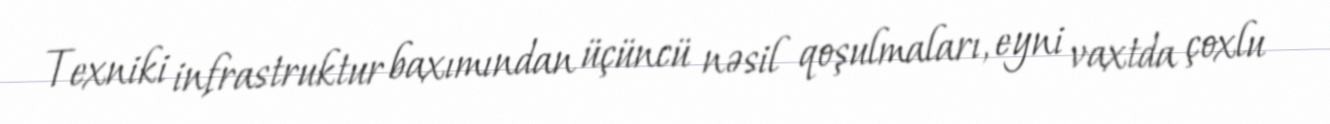
Texniki infrastruktur baxımından üçüncü nəsil qoşulmaları, eyni vaxtda çoxlu